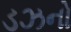
ડઝનો